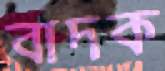
বাদক